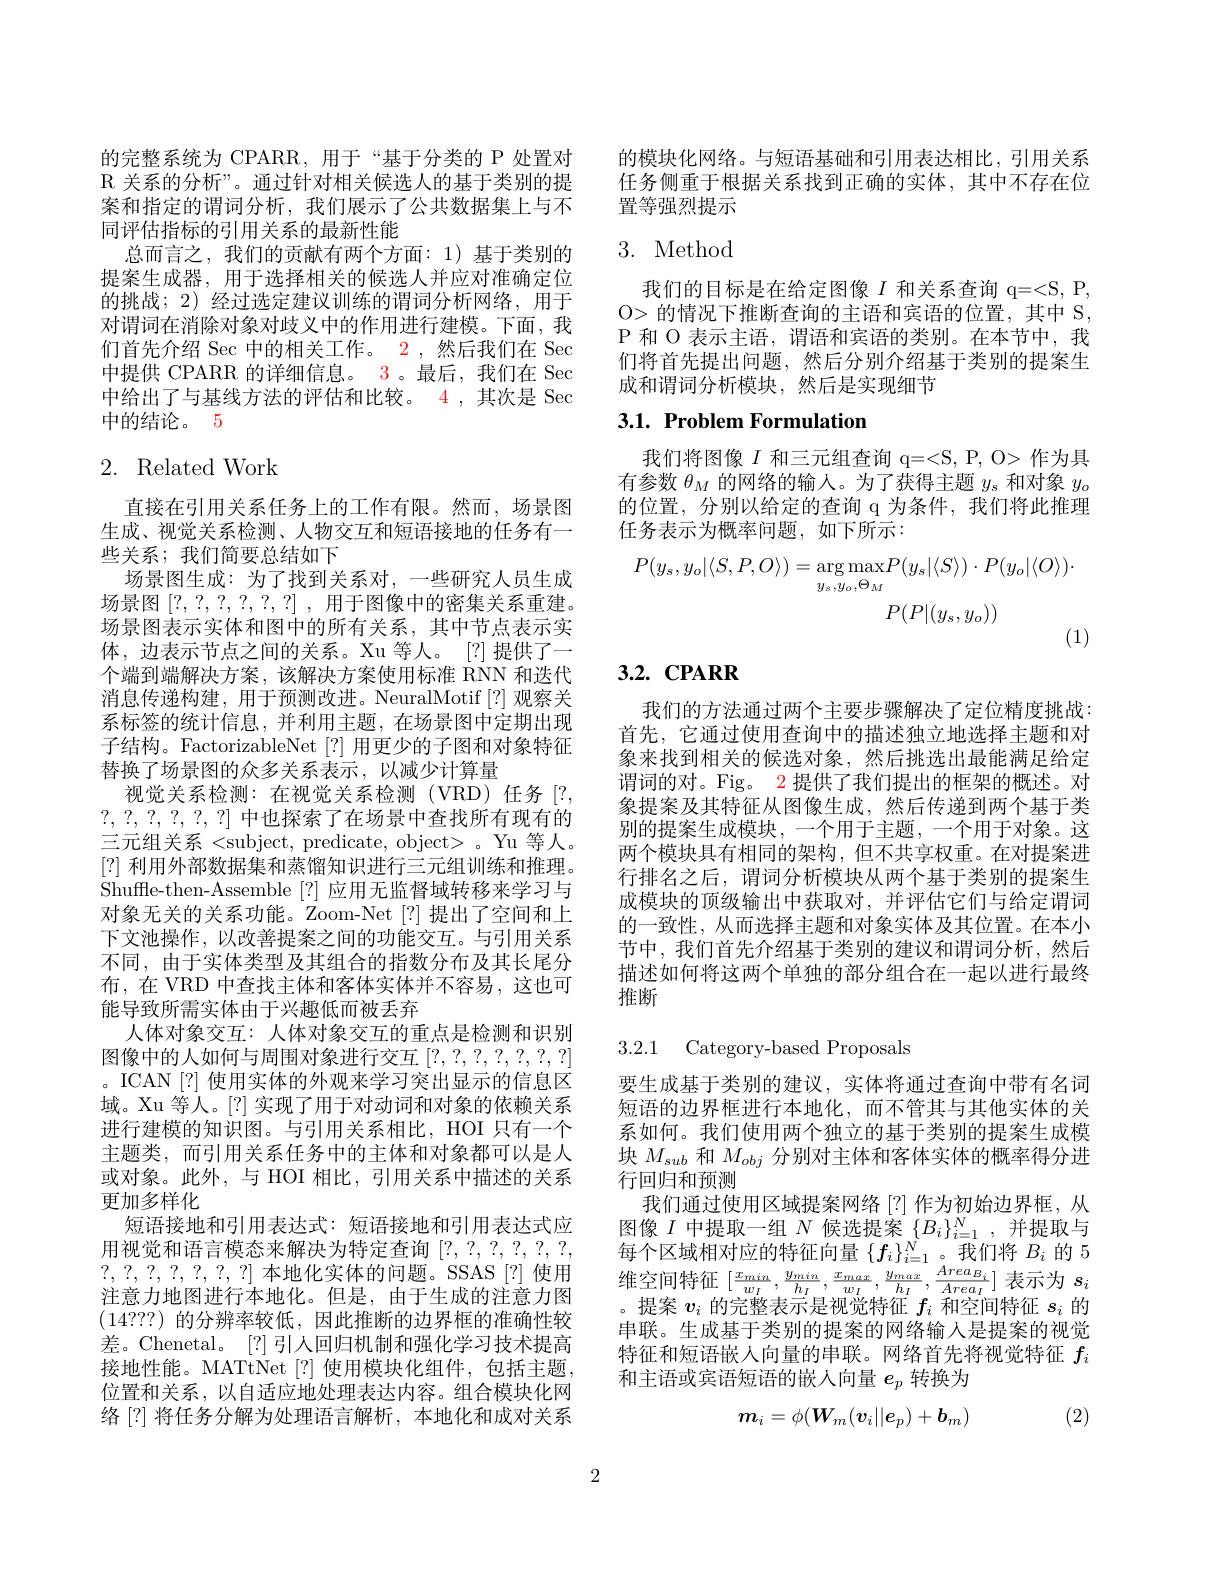
的完整系统为 CPARR, 用于“基于分类的 P 处置对R关系的分析”。通过针对相关候选人的基于类别的提案和指定的谓词分析，我们展示了公共数据集上与不同评估指标的引用关系的最新性能
总而言之，我们的贡献有两个方面：1)基于类别的提案生成器，用于选择相关的候选人并应对准确定位的挑战；2) 经过选定建议训练的谓词分析网络，用于对谓词在消除对象对歧义中的作用进行建模。下面，我们首先介绍 Sec 中的相关工作。2 ,然后我们在 Sec 中提供 CPARR 的详细信息。3 。最后，我们在 Sec 中给出了与基线方法的评估和比较。4,其次是 Sec 中的结论。5

# 2. Related Work

直接在引用关系任务上的工作有限。然而，场景图生成、视觉关系检测、人物交互和短语接地的任务有一些关系；我们简要总结如下
场景图生成：为了找到关系对，一些研究人员生成场景图[?,?,?,?,?,?,?] , 用于图像中的密集关系重建。场景图表示实体和图中的所有关系，其中节点表示实体，边表示节点之间的关系。Xu 等人。[?] 提供了一个端到端解决方案，该解决方案使用标准 RNN 和迭代消息传递构建，用于预测改进。NeuralMotif[?]观察关系标签的统计信息，并利用主题，在场景图中定期出现子结构。FactorizableNet[?] 用更少的子图和对象特征替换了场景图的众多关系表示，以减少计算量
视觉关系检测：在视觉关系检测(VRD)任务[?, ?,?,?,?,?,?,?]中也探索了在场景中查找所有现有的三元组关系 <subject, predicate, object> 。Yu 等人。[?]利用外部数据集和蒸馏知识进行三元组训练和推理。Shuffle-then-Assemble [?]应用无监督域转移来学习与对象无关的关系功能。Zoom-Net[?]提出了空间和上下文池操作，以改善提案之间的功能交互。与引用关系不同，由于实体类型及其组合的指数分布及其长尾分布，在 VRD 中查找主体和客体实体并不容易，这也可能导致所需实体由于兴趣低而被丢弃
人体对象交互：人体对象交互的重点是检测和识别图像中的人如何与周围对象进行交互[?,?,?,?,?,?,?] 。ICAN[?] 使用实体的外观来学习突出显示的信息区域。Xu 等人。[?] 实现了用于对动词和对象的依赖关系进行建模的知识图。与引用关系相比，HOI 只有一个主题类，而引用关系任务中的主体和对象都可以是人或对象。此外，与 HOI 相比，引用关系中描述的关系更加多样化
短语接地和引用表达式：短语接地和引用表达式应用视觉和语言模态来解决为特定查询[?,?,?,?,?,?, ?,?,?,?,?,?,?,?]本地化实体的问题。SSAS[?] 使用注意力地图进行本地化。但是，由于生成的注意力图(14???)的分辨率较低，因此推断的边界框的准确性较差。Chenetal。[?] 引人回归机制和强化学习技术提高接地性能。MATtNet[?] 使用模块化组件，包括主题， 位置和关系，以自适应地处理表达内容。组合模块化网络[?]将任务分解为处理语言解析，本地化和成对关系

的模块化网络。与短语基础和引用表达相比，引用关系任务侧重于根据关系找到正确的实体，其中不存在位置等强烈提示

# 3. Method

我们的目标是在给定图像$I$和关系查询 q=<S, P, O> 的情况下推断查询的主语和宾语的位置，其中 S, P 和 O 表示主语，谓语和宾语的类别。在本节中，我们将首先提出问题，然后分别介绍基于类别的提案生成和谓词分析模块，然后是实现细节

# 3.1. Problem Formulation

我们将图像$I$和三元组查询 q=<S, P, O> 作为具有参数$\theta_M$的网络的输入。为了获得主题$y_\mathrm{s}$和对象$y_\mathrm{o}$ 的位置，分别以给定的查询 q 为条件，我们将此推理任务表示为概率问题，如下所示：
$$P(y_{s},y_{o}|\langle S,P,O\rangle)=\underset{y_{s},y_{o},\Theta_{M}}{\operatorname*{\arg\max}}P(y_{s}|\langle S\rangle)\cdot P(y_{o}|\langle O\rangle)\cdot\\P(P|(y_{s},y_{o}))$$
# 3.2. CPARR

我们的方法通过两个主要步骤解决了定位精度挑战： 首先，它通过使用查询中的描述独立地选择主题和对象来找到相关的候选对象，然后挑选出最能满足给定谓词的对。Fig。2 提供了我们提出的框架的概述。对象提案及其特征从图像生成，然后传递到两个基于类别的提案生成模块，一个用于主题，一个用于对象。这两个模块具有相同的架构，但不共享权重。在对提案进行排名之后，谓词分析模块从两个基于类别的提案生成模块的顶级输出中获取对，并评估它们与给定谓词的一致性，从而选择主题和对象实体及其位置。在本小节中，我们首先介绍基于类别的建议和谓词分析，然后描述如何将这两个单独的部分组合在一起以进行最终推断

3.2.1 Category-based Proposals

要生成基于类别的建议，实体将通过查询中带有名词短语的边界框进行本地化，而不管其与其他实体的关系如何。我们使用两个独立的基于类别的提案生成模块$M_{sub}$和$M_{obj}$分别对主体和客体实体的概率得分进行回归和预测
我们通过使用区域提案网络[?]作为初始边界框，从图像$I$中提取一组$N$候选提案$\{B_i\}_i=1^N$,并提取与每个区域相对应的特征向量$\{f_i\}_{i=1}^N$。我们将$B_i$的 5维空间特征$\left[\frac{x_{min}}{w_{I}},\frac{y_{min}}{h_{I}},\frac{x_{max}}{w_{I}},\frac{y_{max}}{h_{I}},\frac{Area_{B_{i}}}{Area_{I}}\right]$表示为$s_i$ 。提案$v_i$的完整表示是视觉特征$f_i$和空间特征$s_i$的串联。生成基于类别的提案的网络输人是提案的视觉特征和短语嵌入向量的串联。网络首先将视觉特征$f_i$ 和主语或宾语短语的嵌入向量$e_p$转换为
$$m_i=\phi(W_m(v_i||e_p)+b_m)$$
(2)

2